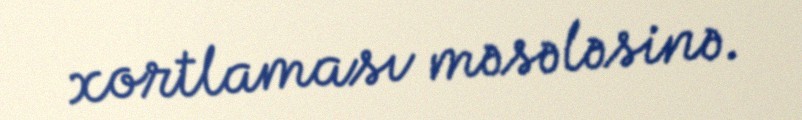
xortlaması məsələsinə.